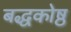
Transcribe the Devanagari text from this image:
बद्धकोष्ठ